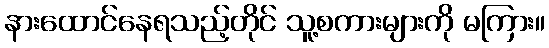
နားထောင်နေရသည့်တိုင် သူ့စကားများကို မကြား။